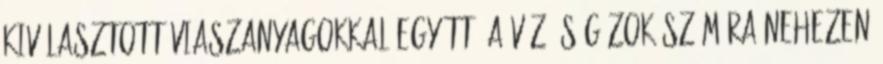
kiválasztott viaszanyagokkal együtt, a víz és gázok számára nehezen